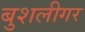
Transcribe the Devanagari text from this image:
बुशलीगर